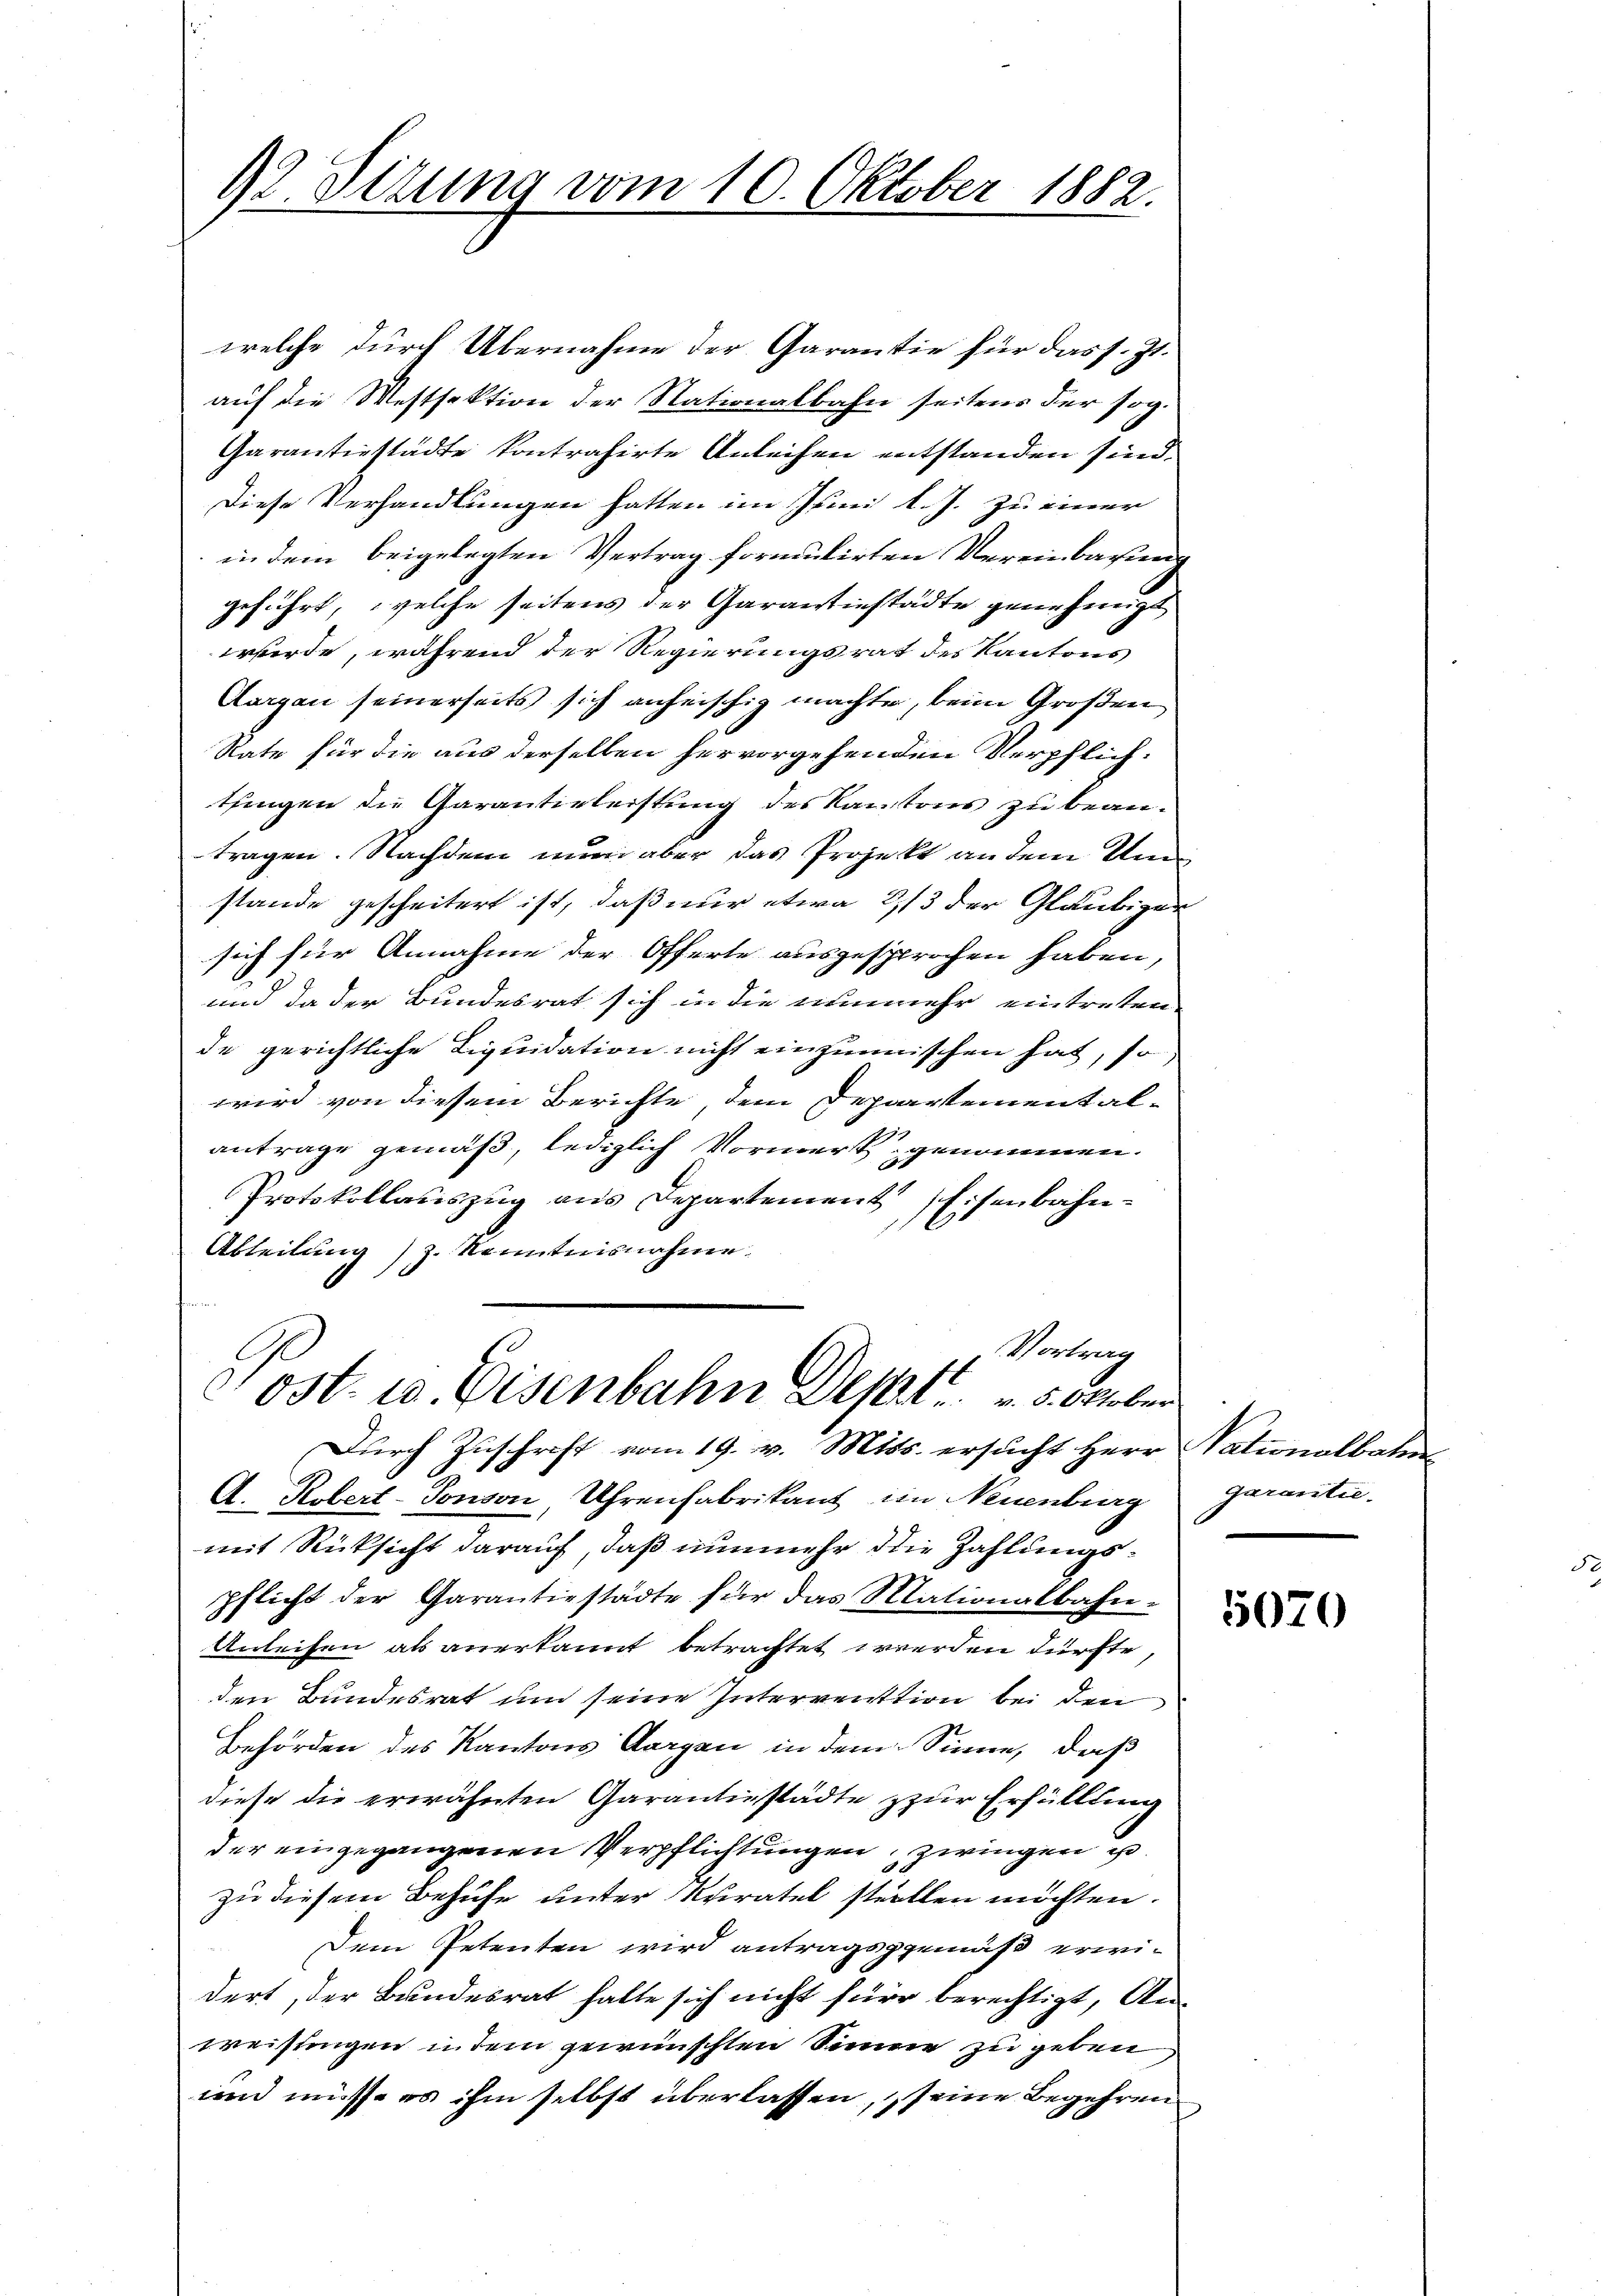
92 Titung vom 10. Oktober 1882.

welche durch Übernahme der Garantie für das s. Zt.
auf die Westsektion der Stationalbahn seitens der sog.
Garantiestädte kontrahirte Anleihen entstanden sind.
Diese Verhandlungen hatten im Juni l. J. zu einer
in dem beigelegten Vertrag formulirten Vereinbarung
geführt, welche seitens der Garantiestädte genehmigt
werde, während der Regierungsrat des Kantons
Aargau seinerseits sich anheischig machte, beim Großen
Rate für die aus derselben hervorgehenden Verpflichthingen die Garantieleistung des Kantons zu beantragen. Nachdem nun aber das Projekt an dem Um
stande gescheitert ist, daß nur etwa 2/3 der Gläubiger
sich für Annahme der Offerte ausgesprochen haben,
und da der Bundesrat sich in die nunmehr eintreten
de gerichtliche Liquidation nicht einzumischen hat, so
wird von diesem Berichte, dem Departemental-
antrage gemäß, lediglich Vormerkt genommen.
Protokollauszug aus Departement Eisenbahn¬
Abteilung) z. Kenntnisnahme.

A. Kobert-Tonson Uhrenfabrikant im Neuenburg
mit Rücksicht darauf, daß nunmehr die Zahlungspflicht der Garantiestädte für das Mationalbahn-
Anleihen als anerkannt betrachtet werden dürfte,
den Bundesrat und seine Intervention bei den
Behörden des Kantons Aargau in dem Sinne, daß
diese die erwähnten Garantiestädte zur Erfüllung
der eingegangenen Verpflichtungen, zwingen u.
zu diesem Behufe unter Kuratel stellen möchten.
Dem Petenten wird antragsgemäß erwidert, der Bundesrat hatte sich nicht für berechtigt, Anweisungen in dem gewünschten Sinner zu geben
und müsse es ihm selbst überlassen, seine Begehren

Vortrag
Ost. 10. Disenbahn Deprt 5. Oktober
Durch Zuschrift vom 19. v. Mits. ersucht Herr Vationalbahn

Garantie

5070